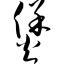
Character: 煲